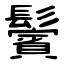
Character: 鬢